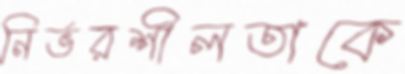
নির্ভরশীলতাকে